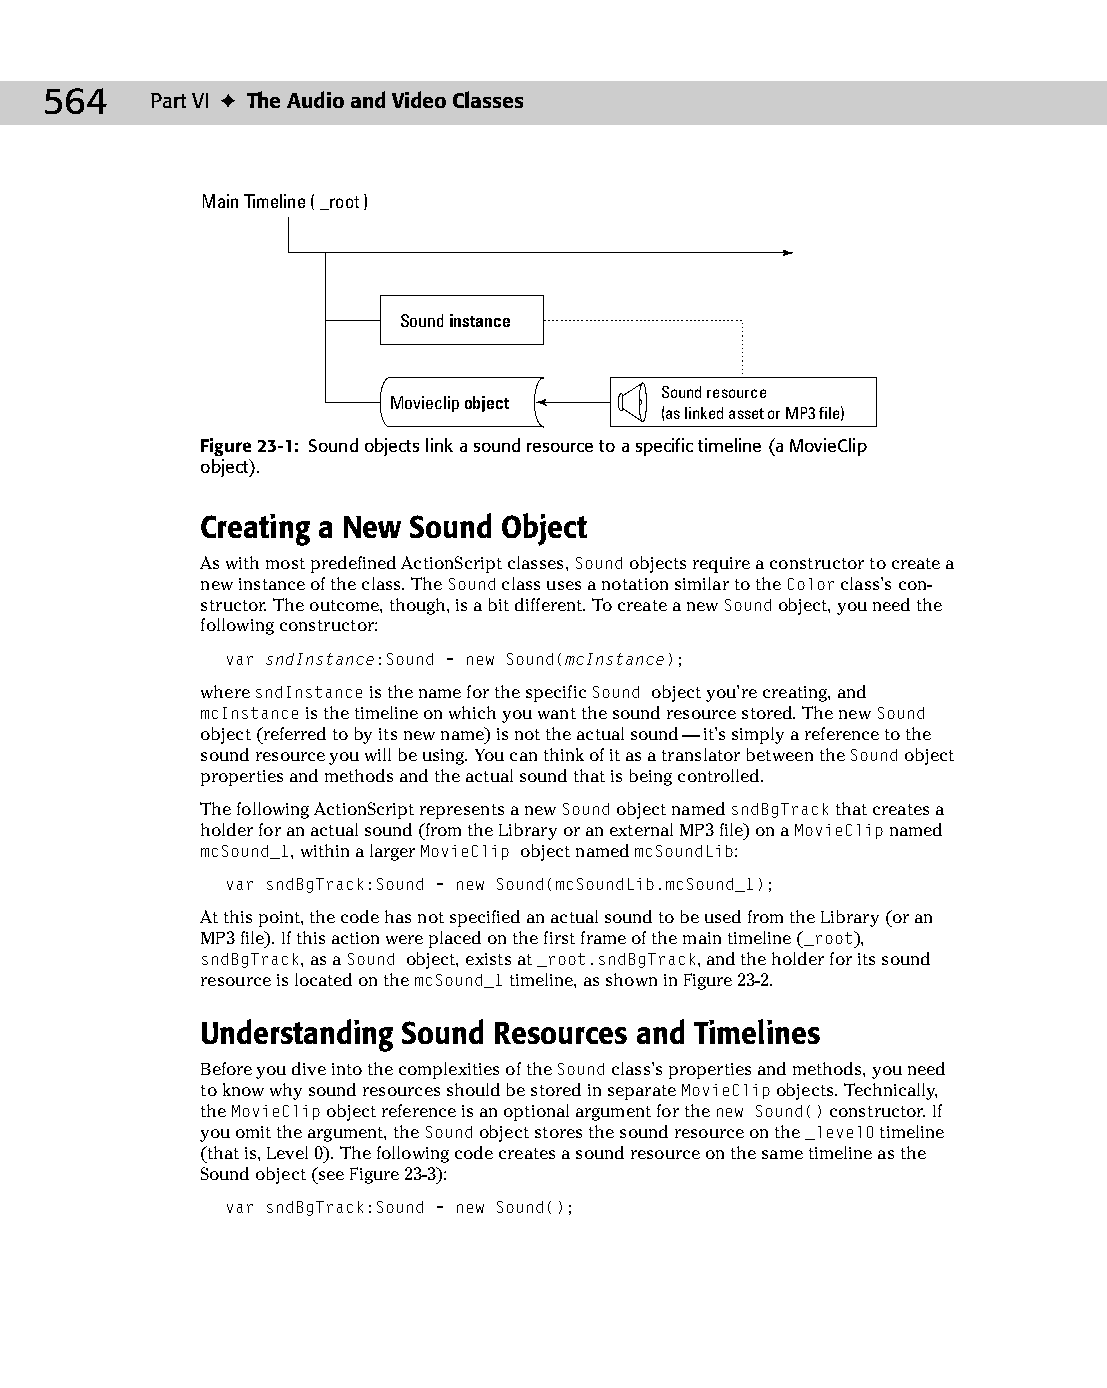
30 543547 ch23.qxd 3/24/04 4:09 PM Page 564
 564    Part VI ✦ The Audio and Video Classes
 Main Timeline ( _root )
 Sound instance
 Sound resource
 Movieclip object
 (as linked asset or MP3 file)
 Figure 23-1: Sound objects link a sound resource to a specific timeline (a MovieClip
 object).
 Creating a New Sound Object
 As with most predefined ActionScript classes, Sound objects require a constructor to create a
 new instance of the class. The Sound class uses a notation similar to the Color class’s con­
 structor. The outcome, though, is a bit different. To create a new Sound object, you need the
 following constructor:
 var sndInstance:Sound = new Sound(mcInstance);
 where sndInstance is the name for the specific Sound object you’re creating, and
 mcInstance is the timeline on which you want the sound resource stored. The new Sound
 object (referred to by its new name) is not the actual sound — it’s simply a reference to the
 sound resource you will be using. You can think of it as a translator between the Sound object
 properties and methods and the actual sound that is being controlled.
 The following ActionScript represents a new Sound object named sndBgTrack that creates a
 holder for an actual sound (from the Library or an external MP3 file) on a MovieClip named
 mcSound_1, within a larger MovieClip object named mcSoundLib:
 var sndBgTrack:Sound = new Sound(mcSoundLib.mcSound_1);
 At this point, the code has not specified an actual sound to be used from the Library (or an
 MP3 file). If this action were placed on the first frame of the main timeline (_root),
 sndBgTrack, as a Sound object, exists at _root.sndBgTrack, and the holder for its sound
 resource is located on the mcSound_1 timeline, as shown in Figure 23-2.
 Understanding Sound Resources and Timelines
 Before you dive into the complexities of the Sound class’s properties and methods, you need
 to know why sound resources should be stored in separate MovieClip objects. Technically,
 the MovieClip object reference is an optional argument for the new Sound() constructor. If
 you omit the argument, the Sound object stores the sound resource on the _level0 timeline
 (that is, Level 0). The following code creates a sound resource on the same timeline as the
 Sound object (see Figure 23-3):
 var sndBgTrack:Sound = new Sound();